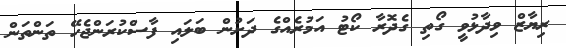
ރިޔާޒް ވިދާޅުވީ ގޯތި ގެދޮރާ ކޯޓު އަމުރެއްގެ ދަށުން ބަލައި ފާސްކުރަންޖެހޭ ތަންތަން